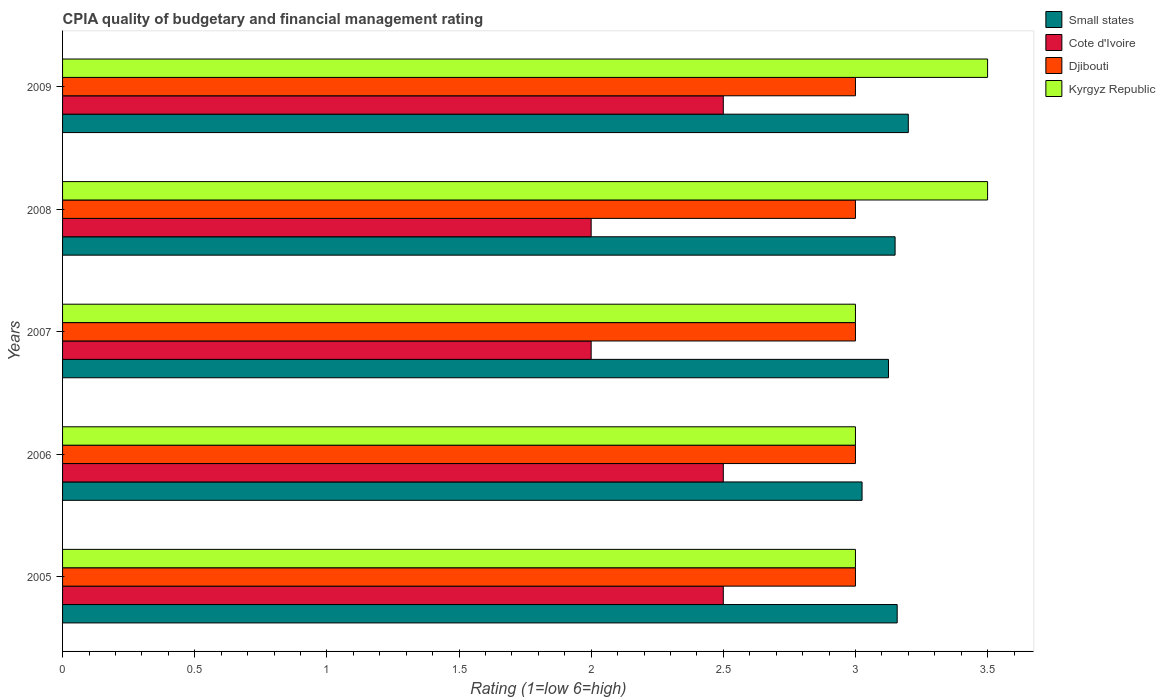
| Years | Small states | Cote d'Ivoire | Djibouti | Kyrgyz Republic |
 | --- | --- | --- | --- | --- |
 | 2005 | 3.16 | 2.5 | 3 | 3 |
 | 2006 | 3.02 | 2.5 | 3 | 3 |
 | 2007 | 3.12 | 2 | 3 | 3 |
 | 2008 | 3.15 | 2 | 3 | 3.5 |
 | 2009 | 3.2 | 2.5 | 3 | 3.5 |